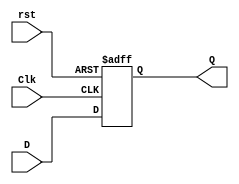
module D_ff_AR(Q,D,Clk,rst);
    
output Q;
input D,Clk,rst;
reg Q;

always @(posedge Clk,negedge rst)begin
    if(!rst) Q<=1'b0;
    else Q<=D;
end

endmodule